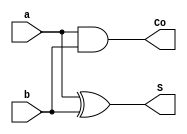
module half_adder(input a,input b,output S,output Co);
    assign S=a^b;
    assign Co=a&b;
endmodule